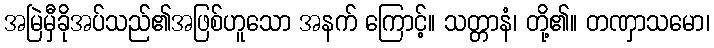
အမြဲမှီခိုအပ်သည်၏အဖြစ်ဟူသော အနက် ကြောင့်။ သတ္တာနံ၊ တို့၏။ တဏှာသမော၊